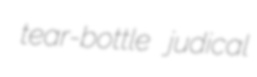
tear-bottle judical